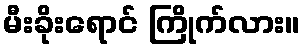
မီးခိုးရောင် ကြိုက်လား။